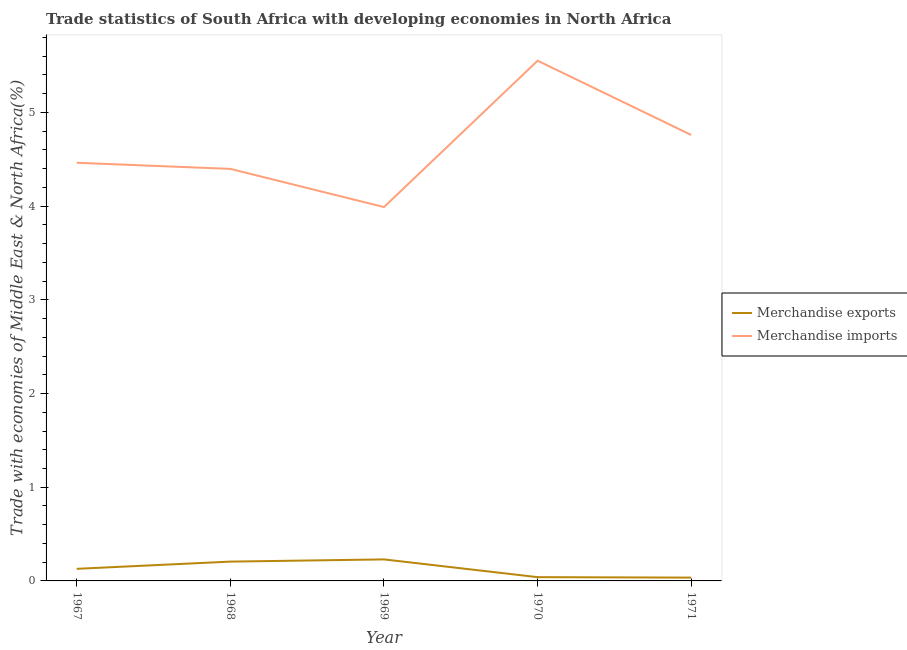
| Year | Merchandise exports | Merchandise imports |
 | --- | --- | --- |
 | 1967 | 0.129 | 4.46 |
 | 1968 | 0.206 | 4.4 |
 | 1969 | 0.23 | 3.99 |
 | 1970 | 0.0403 | 5.55 |
 | 1971 | 0.0353 | 4.76 |